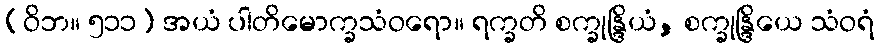
(ဝိဘ။ ၅၁၁) အယံ ပါတိမောက္ခသံဝရော။ ရက္ခတိ စက္ခုန္ဒြိယံ, စက္ခုန္ဒြိယေ သံဝရံ